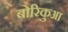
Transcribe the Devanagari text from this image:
बोरिकुआ